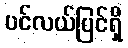
ပင်လယ်ပြင်ရှိ